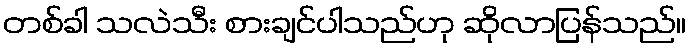
တစ်ခါ သလဲသီး စားချင်ပါသည်ဟု ဆိုလာပြန်သည်။